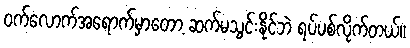
ဝက်လောက်အရောက်မှာတော့ ဆက်မသွင်းနိုင်ဘဲ ရပ်ပစ်လိုက်တယ်။